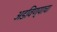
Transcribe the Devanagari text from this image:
अडविण्याचा